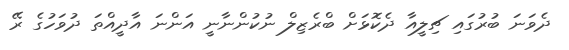
ދެވަނަ ބުރުގައި ޗިލީއާ ދެކޮޅަށް ބްރެޒިލް ނުކުންނާނީ އަންނަ އާދީއްތަ ދުވަހުގެ ރޭ